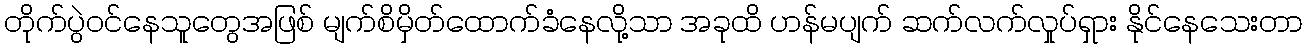
တိုက်ပွဲဝင်နေသူတွေအဖြစ် မျက်စိမှိတ်ထောက်ခံနေလို့သာ အခုထိ ဟန်မပျက် ဆက်လက်လှုပ်ရှား နိုင်နေသေးတာ